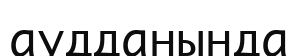
аудданында